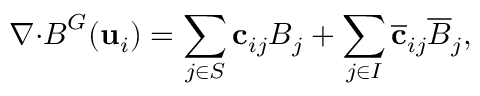
\boldsymbol { \nabla } { \cdot } \boldsymbol { B } ^ { G } ( \mathbf { u } _ { i } ) = \sum _ { j \in S } \mathbf { c } _ { i j } \boldsymbol { B } _ { j } + \sum _ { j \in I } \overline { { \mathbf { c } } } _ { i j } \overline { { \boldsymbol { B } } } _ { j } ,